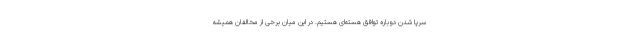
سرپا شدن دوباره توافق هسته‌ای هستیم. در این میان برخی از مخالفان همیشه